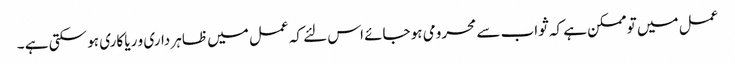
عمل میں تو ممکن ہے کہ ثواب سے محرومی ہو جائے اس لئے کہ عمل میں ظاہر داری و ریا کاری ہو سکتی ہے ۔